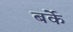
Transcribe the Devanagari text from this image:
बर्के